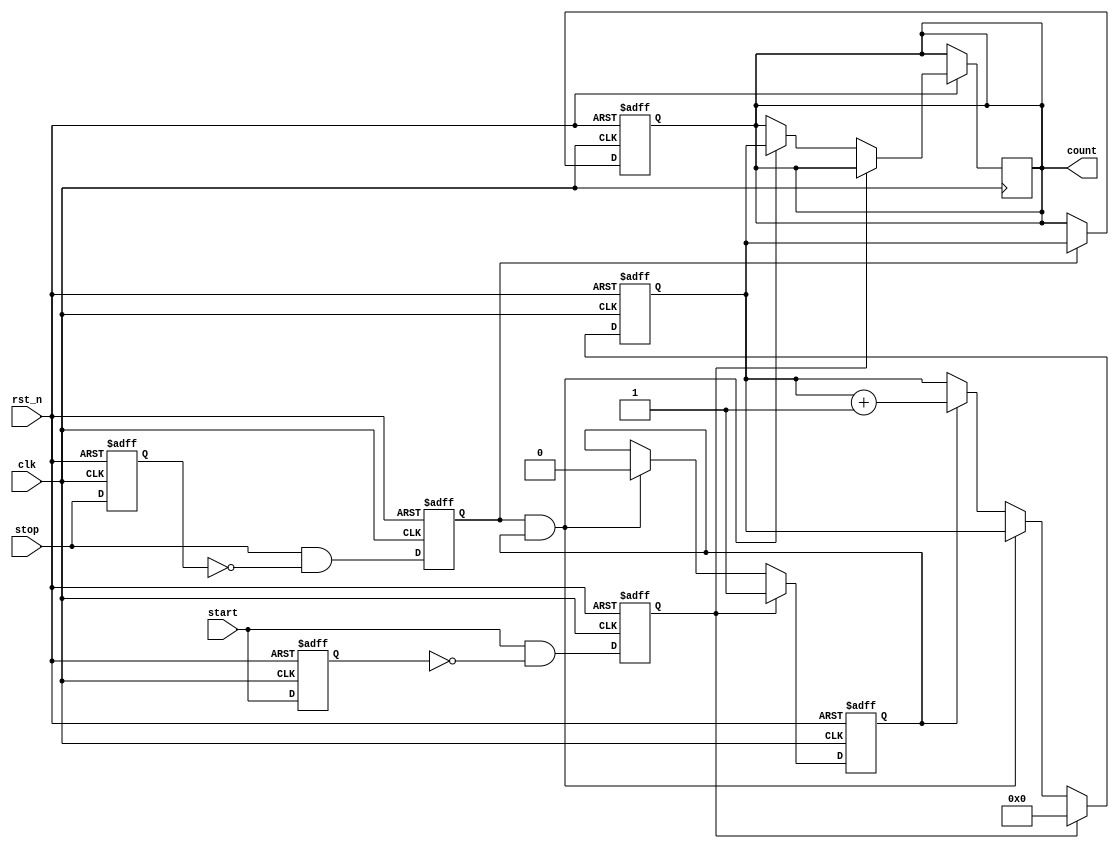
module TDC (
    input wire clk,           // High-frequency clock
    input wire rst_n,         // Active low reset
    input wire start,         // Start signal
    input wire stop,          // Stop signal
    output reg [31:0] count   // Output count value (32-bit)
);

    reg [31:0] counter;       // Counter to count clock cycles
    reg counting;             // State to indicate counting is active

    // Edge detection for start and stop signals
    reg start_reg, stop_reg;
    reg start_edge, stop_edge;

    always @(posedge clk or negedge rst_n) begin
        if (!rst_n) begin
            start_reg <= 1'b0;
            stop_reg <= 1'b0;
            start_edge <= 1'b0;
            stop_edge <= 1'b0;
        end else begin
            start_reg <= start;
            stop_reg <= stop;
            start_edge <= start && !start_reg; // Detect rising edge
            stop_edge <= stop && !stop_reg; // Detect rising edge
        end
    end

    // Counter logic
    always @(posedge clk or negedge rst_n) begin
        if (!rst_n) begin
            counter <= 32'b0;
            counting <= 1'b0;
        end else begin
            if (start_edge) begin
                counting <= 1'b1; // Start counting
                counter <= 32'b0; // Reset counter
            end else if (stop_edge && counting) begin
                counting <= 1'b0; // Stop counting
                count <= counter; // Latch count value
            end else if (counting) begin
                counter <= counter + 1; // Increment counter
            end
        end
    end

    // Output logic
    always @(posedge clk or negedge rst_n) begin
        if (!rst_n) begin
            count <= 32'b0; // Reset output count
        end else if (stop_edge) begin
            // Output the count value when stop signal is detected
            count <= counter;
        end
    end

endmodule